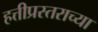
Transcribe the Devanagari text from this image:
हत्तीप्रस्तराच्या